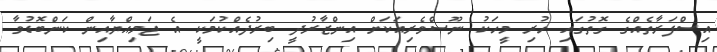
އިސްފަރާތެއްގެ ގޮތުގައި ހުރި މީހަކު ނޫސްވެރިއަކަށް އިންޒާރުދީ ބިރުދެއްކުމަކީ އެ ޖަމިއްޔާއިން ކަންބޮޑުވާ